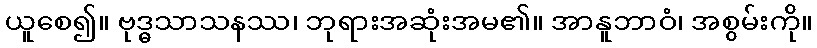
ယူစေ၍။ ဗုဒ္ဓသာသနဿ၊ ဘုရားအဆုံးအမ၏။ အာနူဘာဝံ၊ အစွမ်းကို။